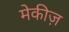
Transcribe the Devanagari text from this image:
मेकीज़